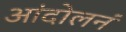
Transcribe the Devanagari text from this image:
आंदोलनं